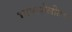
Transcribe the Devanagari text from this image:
भाषाशैलीतच